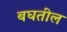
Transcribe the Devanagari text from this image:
बघतील